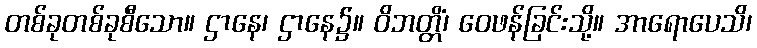
တစ်ခုတစ်ခုစီသော။ ဌာနေ၊ ဌာနေ၌။ ဝိဘတ္တိံ၊ ဝေဖန်ခြင်းသို့။ အာရောပေသိ၊